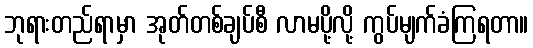
ဘုရားတည်ရာမှာ အုတ်တစ်ချပ်စီ လာမပို့လို့ ကွပ်မျက်ခံကြရတာ။